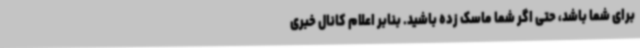
برای شما باشد، حتی اگر شما ماسک زده باشید. بنابر اعلام کانال خبری